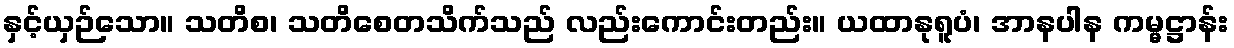
နှင့်ယှဉ်သော။ သတိစ၊ သတိစေတသိက်သည် လည်းကောင်းတည်း။ ယထာနုရူပံ၊ အာနပါန ကမ္မဋ္ဌာန်း